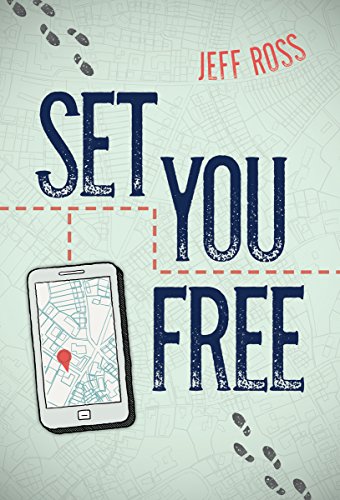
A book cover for Set You Free; Jeff Ross; Teen & Young Adult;